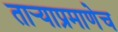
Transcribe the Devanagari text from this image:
तार्‍याप्रमाणेच